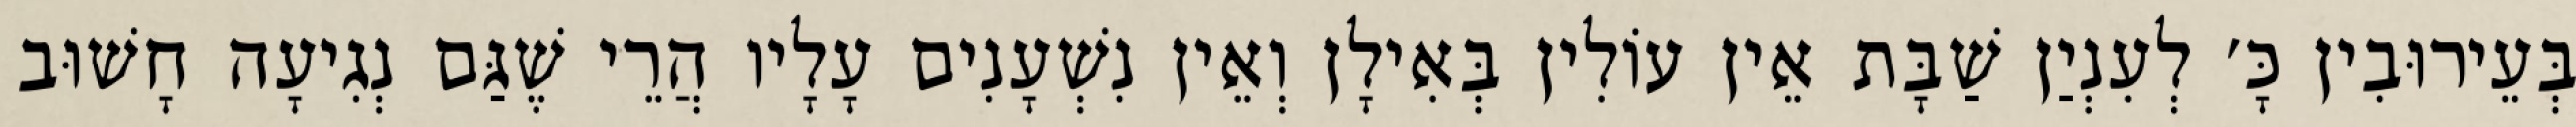
בְּעֵירוּבִין כָּ׳ לְעִנְיַן שַׁבָּת אֵין עוֹלִין בְּאִילָן וְאֵין נִשְׁעָנִים עָלָיו הֲרֵי שֶׁגַּם נְגִיעָה חָשׁוּב